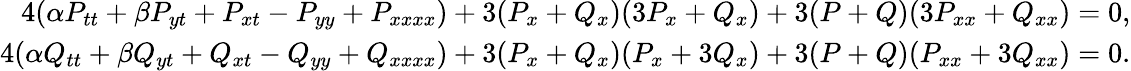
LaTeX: \begin{array}{r}{4(\alpha P_{tt}+\beta P_{yt}+P_{xt}-P_{yy}+P_{xxxx})+3(P_{x}+Q_{x})(3P_{x}+Q_{x})+3(P+Q)(3P_{xx}+Q_{xx})=0,}\\ {4(\alpha Q_{tt}+\beta Q_{yt}+Q_{xt}-Q_{yy}+Q_{xxxx})+3(P_{x}+Q_{x})(P_{x}+3Q_{x})+3(P+Q)(P_{xx}+3Q_{xx})=0.}\end{array}